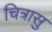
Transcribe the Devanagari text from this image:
चित्रासु